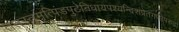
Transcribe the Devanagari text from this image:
ततस्तुमृत्पिंडपुटेनिधायपश्यन्दिशंप्रेतगणोपरुढां